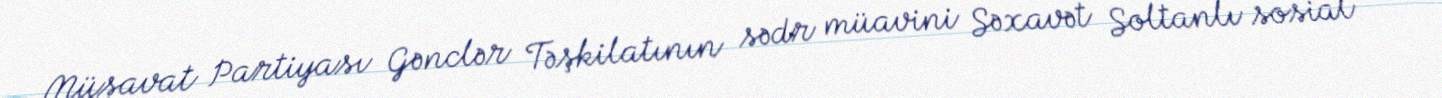
Müsavat Partiyası Gənclər Təşkilatının sədr müavini Səxavət Soltanlı sosial